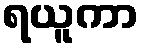
ရယူကာ